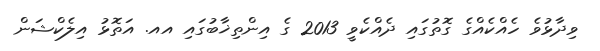
ވިދާޅުވެ ހެއްކެއްގެ ގޮތުގައި ދެއްކެވީ 2013 ގެ އިންތިޚާބުގައި އއ. އަތޮޅު އިލެކްޝަން